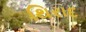
થિરાદ